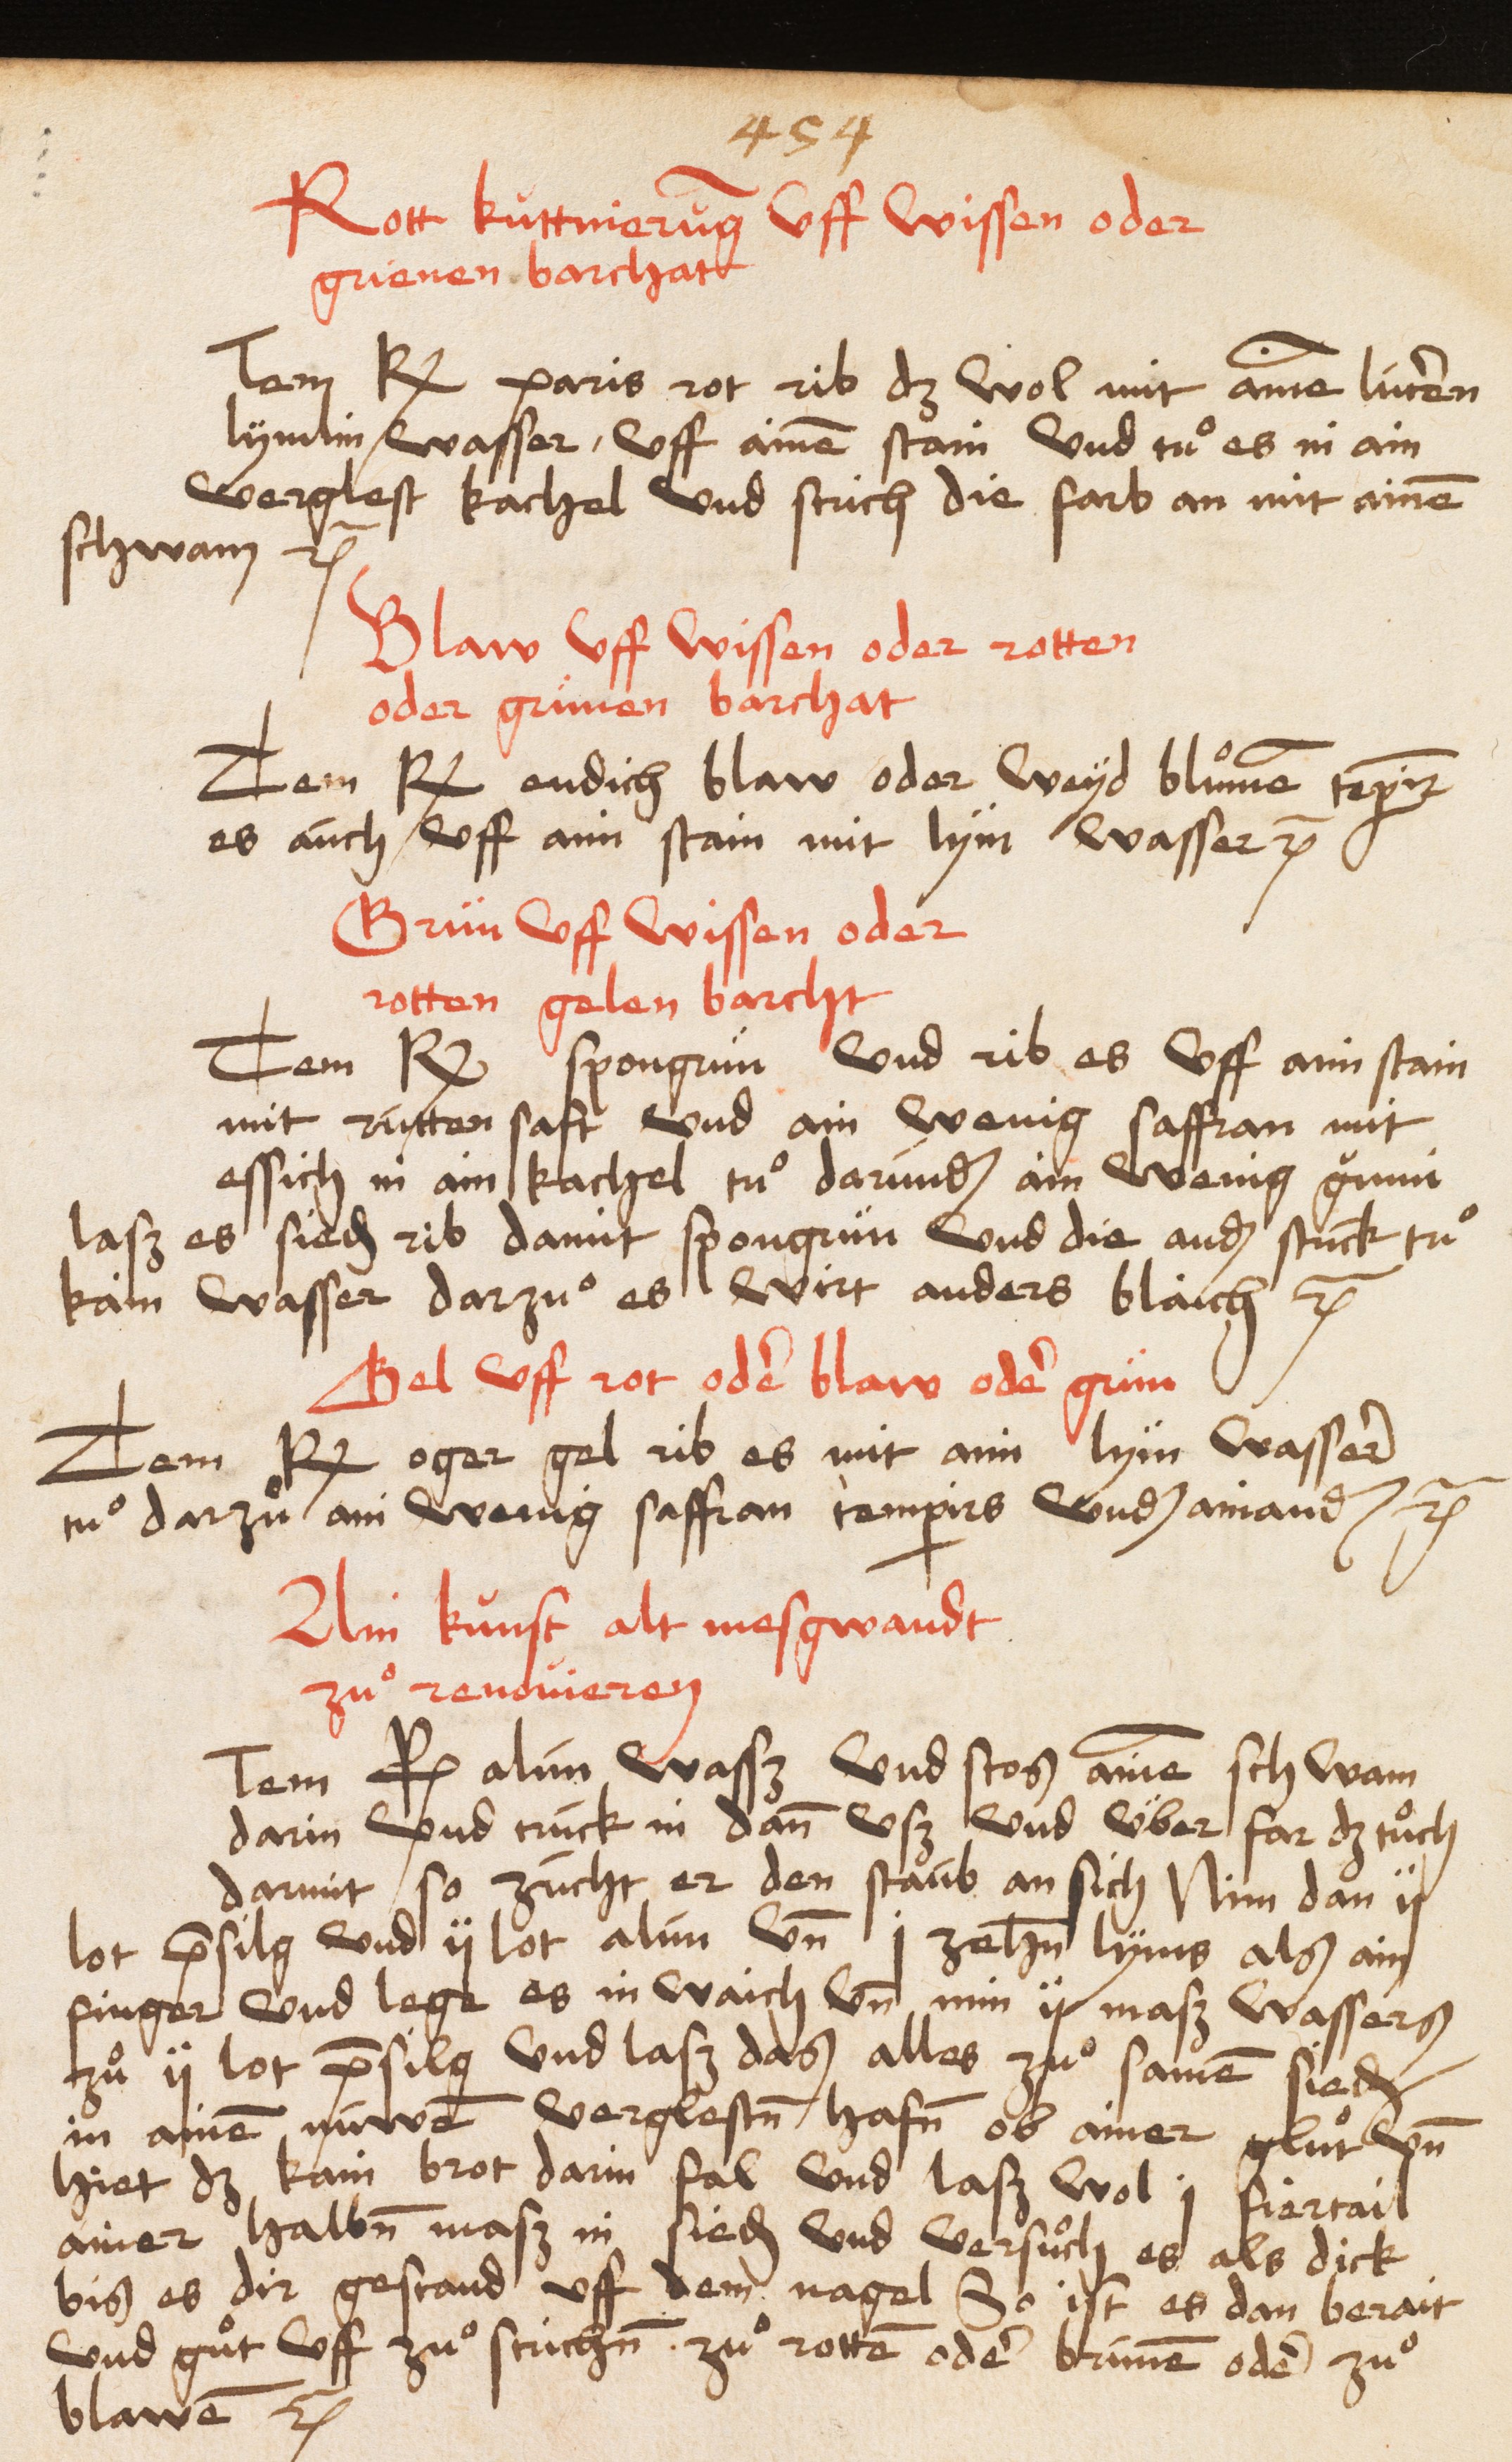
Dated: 1485–1515